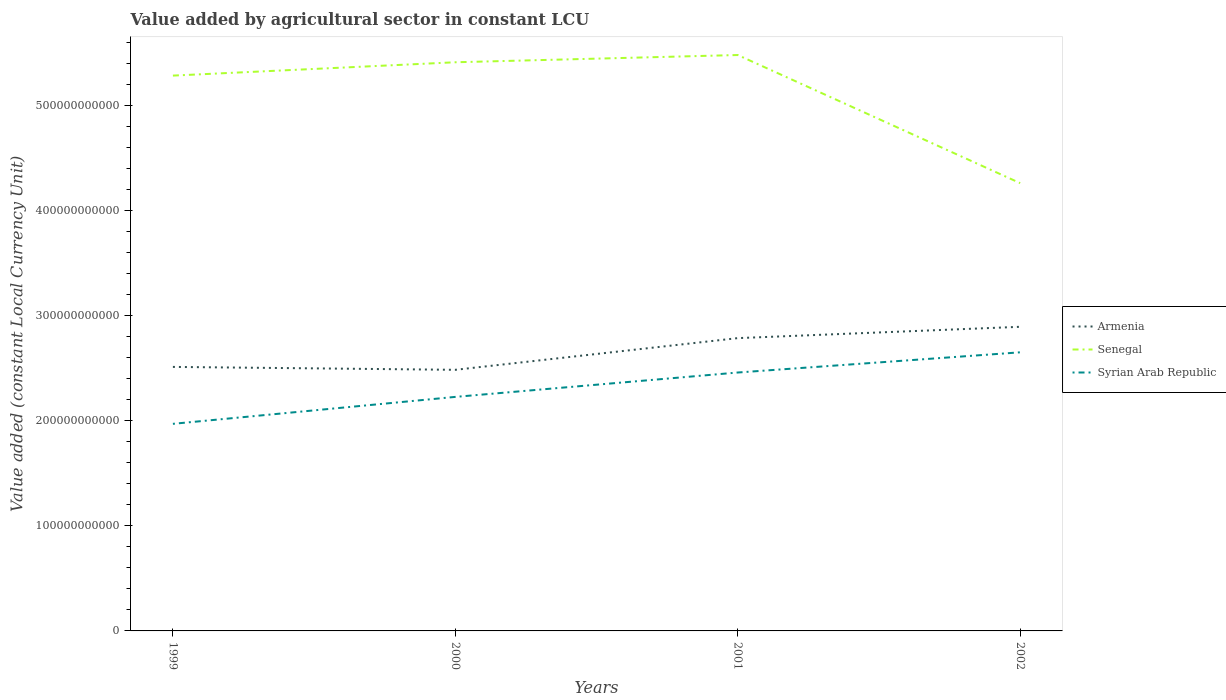
| Years | Armenia | Senegal | Syrian Arab Republic |
 | --- | --- | --- | --- |
 | 1999 | 2.51e+11 | 5.29e+11 | 1.97e+11 |
 | 2000 | 2.49e+11 | 5.42e+11 | 2.23e+11 |
 | 2001 | 2.79e+11 | 5.48e+11 | 2.46e+11 |
 | 2002 | 2.9e+11 | 4.26e+11 | 2.65e+11 |